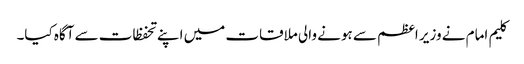
کلیم امام نے وزیر اعظم سے ہونے والی ملاقات میں اپنے تحفظات سے آگاہ کیا۔